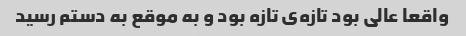
واقعا عالی بود تازه‌ی تازه بود و به موقع به دستم رسید